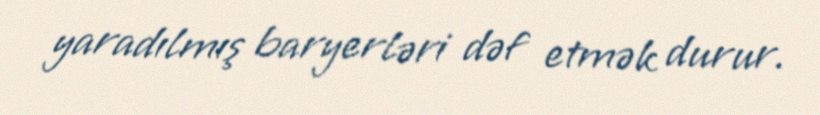
yaradılmış baryerləri dəf etmək durur.